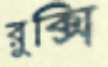
রুক্সি